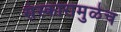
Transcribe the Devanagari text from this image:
संस्कारामुळेच